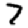
Digit: 7